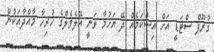
ގުރޫޕް ސްޓަޑީ އަށް އިސްކަމެއް ދޭ ޔަހުމާ ވަނީ އޭލެވެލްގެ ހުރިހާ މާއްދާއަކުން